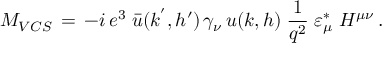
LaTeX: M _ { V C S } \, = \, - i \, e ^ { 3 } \; \bar { u } ( k ^ { ' } , h ^ { \prime } ) \, \gamma _ { \nu } \, u ( k , h ) \; { \frac { 1 } { q ^ { 2 } } } \; \varepsilon _ { \mu } ^ { * } \; H ^ { \mu \nu } \, .